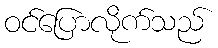
ဝင်ပြောလိုက်သည်